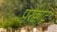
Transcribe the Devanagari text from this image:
परक्काट